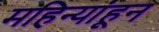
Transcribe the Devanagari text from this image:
महिन्यांहून